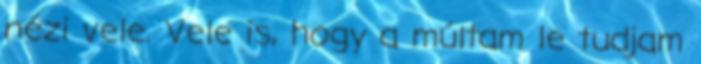
nézi vele. Vele is, hogy a múltam le tudjam